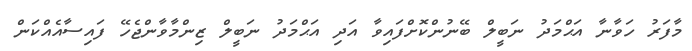
މާފަރު ހަވާނާ އަޙްމަދު ނަބީލް ބޭނުންކޮށްފައިވާ އަދި އަޙްމަދު ނަބީލް ޒިންމާވާންޖެހޭ ފައިސާއެއްކަން